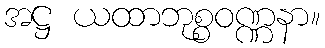
အဋ္ဌ ယထာဘုစ္စဝဏ္ဏနာ။